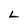
Character: L